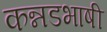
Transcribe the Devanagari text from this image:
कन्नडभाषी